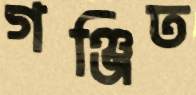
গঞ্জিত